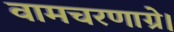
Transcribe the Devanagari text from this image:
वामचरणाग्रे।